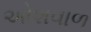
ઓશવાળ